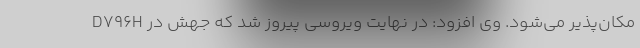
مکان‌پذیر می‌شود. وی افزود: در نهایت ویروسی پیروز شد که جهش در D796H